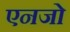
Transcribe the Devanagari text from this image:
एनजो